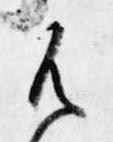
御